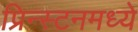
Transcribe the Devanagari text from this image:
प्रिन्स्टनमध्ये